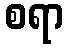
စရာ